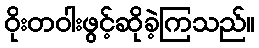
ဝိုးတဝါးဖွင့်ဆိုခဲ့ကြသည်။